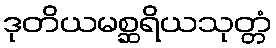
ဒုတိယမစ္ဆရိယသုတ္တံ